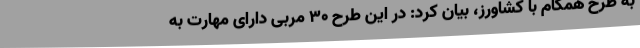
به طرح همگام با کشاورز، بیان کرد: در این طرح 30 مربی دارای مهارت به